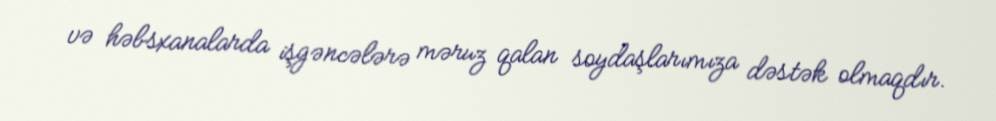
və həbsxanalarda işgəncələrə məruz qalan soydaşlarımıza dəstək olmaqdır.